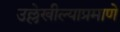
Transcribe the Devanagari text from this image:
उल्लेखील्याप्रमाणे